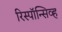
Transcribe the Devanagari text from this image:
रिस्पॉन्सिव्ह